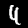
Label: 4